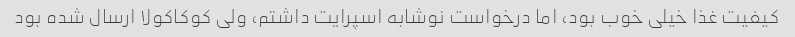
کیفیت غذا خیلی خوب بود، اما درخواست نوشابه اسپرایت داشتم، ولی کوکاکولا ارسال شده بود